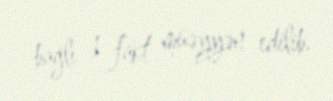
bağlı 1 fakt müəyyən edilib.